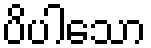
ပိပါသော